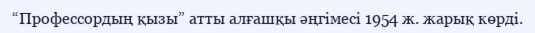
“Профессордың қызы” атты алғашқы әңгімесі 1954 ж. жарық көрді.